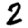
Digit: 2